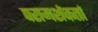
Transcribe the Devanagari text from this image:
परामर्शकर्ता